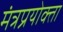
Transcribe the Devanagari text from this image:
मंत्रप्रयोक्ता